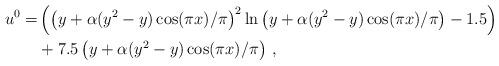
LaTeX: \begin{align*} u^0 =& \left( \left( y+ \alpha (y^2-y)\cos (\pi x)/\pi \right) ^2 \ln \left( y+ \alpha (y^2-y)\cos (\pi x)/\pi \right) - 1.5 \right) \\ &+7.5 \left( y+ \alpha (y^2-y)\cos (\pi x)/\pi \right)\,, \end{align*}